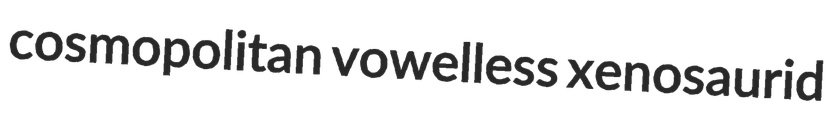
cosmopolitan vowelless xenosaurid